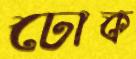
ঢোক